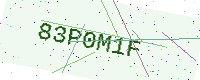
Text: 83P0M1F